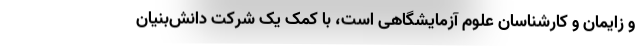
و زایمان و کارشناسان علوم آزمایشگاهی است، با کمک یک شرکت دانش‌بنیان